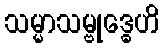
သမ္မာသမ္ဗုဒ္ဓေဟိ